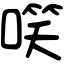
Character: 㗛